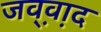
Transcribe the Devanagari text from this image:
जव़्व़ाद